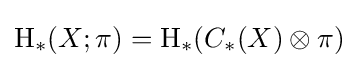
\operatorname {H} _{*}(X;\pi )=\operatorname {H} _{*}(C_{*}(X)\otimes \pi )